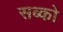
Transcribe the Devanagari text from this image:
सब्को